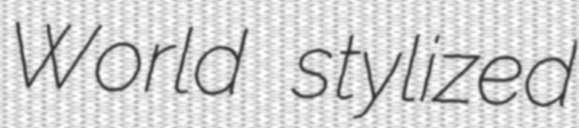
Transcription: World stylized